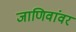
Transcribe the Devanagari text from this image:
जाणिवांवर